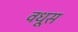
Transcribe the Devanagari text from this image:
वधूस